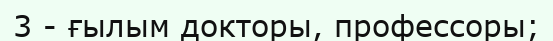
3 - ғылым докторы, профессоры;